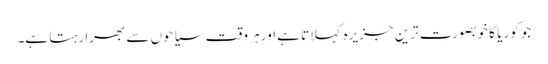
جو کوریا کا خوبصورت ترین جزیرہ کہلاتا ہے اور ہر وقت سیاحوں سے بھرا رہتا ہے۔